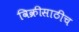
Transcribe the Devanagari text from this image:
विक्रीसाठीच